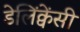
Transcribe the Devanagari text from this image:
डेलिंक्वेंसी